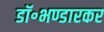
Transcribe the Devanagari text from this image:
डॉ॰भण्डारकर